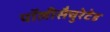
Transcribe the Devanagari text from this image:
पॉलीसैचुरेटेड